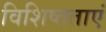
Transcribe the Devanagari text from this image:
विशिष्तताएं